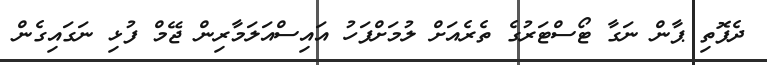
ދެފޮތި ޕާން ނަގާ ޓޯސްޓަރުގެ ތެރެއަށް ލުމަށްފަހު އައިސްއަލަމާރިން ޖޭމް ފުޅި ނަގައިގެން